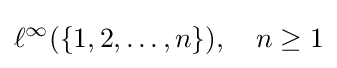
\ell ^{\infty }(\{1,2,\ldots ,n\}),\quad n\geq 1